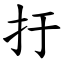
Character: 扜